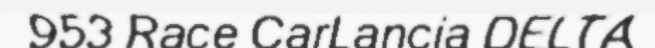
953 Race CarLancia DELTA